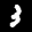
Label: 3